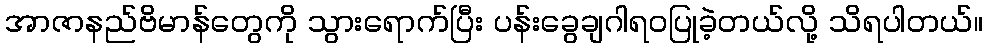
အာဇာနည်ဗိမာန်တွေကို သွားရောက်ပြီး ပန်းခွေချဂါရဝပြုခဲ့တယ်လို့ သိရပါတယ်။